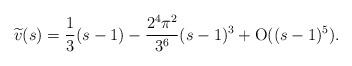
LaTeX: \begin{align*}\widetilde{v}(s) = \frac{1}{3}(s-1)-\frac{2^4 \pi^2}{3^6} (s-1)^3+{\rm O}((s-1)^5).\end{align*}